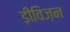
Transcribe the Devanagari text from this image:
ड़ीविज़न